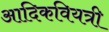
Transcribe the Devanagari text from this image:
आदिकवियत्री